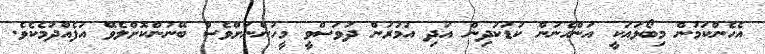
އެހެންކަމުން މިބޯޅަައަކީ އަންހެނުން ކުޑަކުދިން އަދި އުމުރުން ދުވަސްވީ މީހުންނަށްވެސް ބޭނުންކޮށްލެވޭ އުފެއްދުމެކެވެ.